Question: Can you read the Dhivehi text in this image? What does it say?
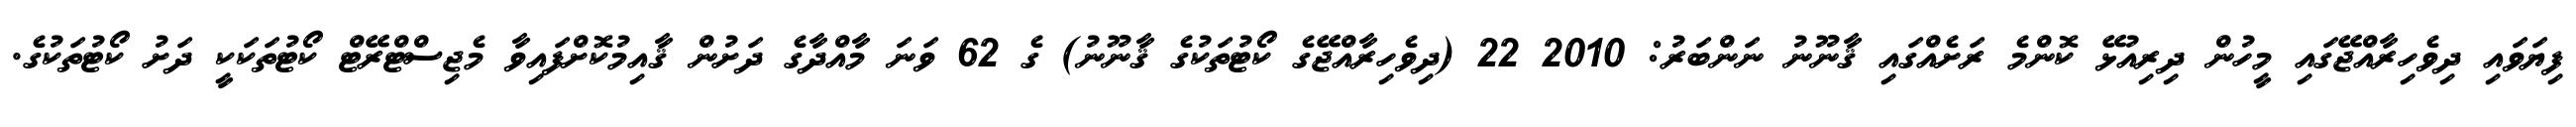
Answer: ފިޔަވައި ދިވެހިރާއްޖޭގައި މީހުން ދިރިއުޅޭ ކޮންމެ ރަށެއްގައި ޤާނޫނު ނަންބަރު: 2010 22 (ދިވެހިރާއްޖޭގެ ކޯޓުތަކުގެ ޤާނޫނު) ގެ 62 ވަނަ މާއްދާގެ ދަށުން ޤާއިމުކޮށްފައިވާ މެޖިސްޓްރޭޓް ކޯޓުތަކަކީ ދަށު ކޯޓުތަކުގެ.